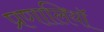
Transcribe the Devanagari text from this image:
प्रणालियॉ